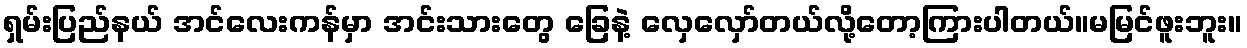
ရှမ်းပြည်နယ် အင်လေးကန်မှာ အင်းသားတွေ ခြေနဲ့ လှေလှော်တယ်လို့တော့ကြားပါတယ်။မမြင်ဖူးဘူး။